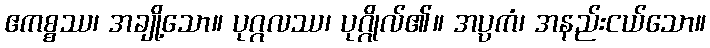
ဧကစ္စဿ၊ အချို့သော။ ပုဂ္ဂလဿ၊ ပုဂ္ဂိုလ်၏။ အပ္ပကံ၊ အနည်းငယ်သော။